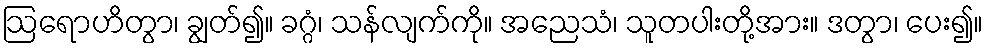
ဩရောဟိတွာ၊ ချွတ်၍။ ခဂ္ဂံ၊ သန်လျက်ကို။ အညေသံ၊ သူတပါးတို့အား။ ဒတွာ၊ ပေး၍။